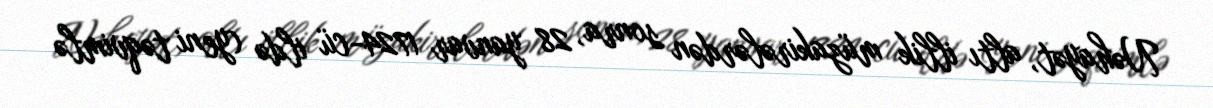
Nəhayət, altı illik müzakirələrdən sonra, 28 yanvar 1724-cü ildə (yeni təqvimlə